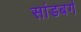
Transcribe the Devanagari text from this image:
सांडबर्ग